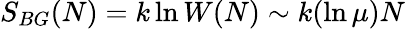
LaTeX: S_{BG}(N)=k\ln W(N)\sim k(\ln\mu)N